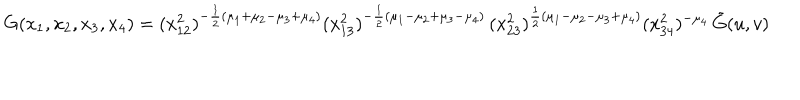
G ( x _ { 1 } , x _ { 2 } , x _ { 3 } , x _ { 4 } ) = ( x _ { 1 2 } ^ { 2 } ) ^ { - \frac { 1 } { 2 } ( \mu _ { 1 } + \mu _ { 2 } - \mu _ { 3 } + \mu _ { 4 } ) } ( x _ { 1 3 } ^ { 2 } ) ^ { - \frac { 1 } { 2 } ( \mu _ { 1 } - \mu _ { 2 } + \mu _ { 3 } - \mu _ { 4 } ) } \, ( x _ { 2 3 } ^ { 2 } ) ^ { \frac { 1 } { 2 } ( \mu _ { 1 } - \mu _ { 2 } - \mu _ { 3 } + \mu _ { 4 } ) } ( x _ { 3 4 } ^ { 2 } ) ^ { - \mu _ { 4 } } \, \tilde { G } ( u , v )